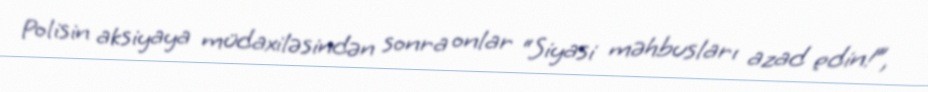
Polisin aksiyaya müdaxiləsindən sonra onlar “Siyasi məhbusları azad edin!”,